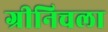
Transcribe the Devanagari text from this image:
ग्रीनिचला